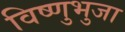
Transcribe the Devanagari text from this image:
विष्णुभुजा